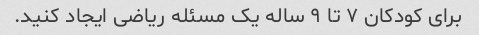
برای کودکان ۷ تا ۹ ساله یک مسئله ریاضی ایجاد کنید.